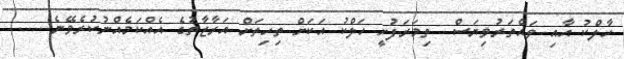
ހާލްކު އާއި ވައްތަރުވިޔަސް  ތިމަރަފުށީ ހަލްކު އަކަށް ތިހިތަށް އަރާޒާތުގެ އެއްކަމެއްނުކުރެވޭނެ........